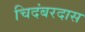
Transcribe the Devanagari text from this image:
चिदंबरदास